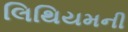
લિથિયમની